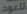
العود